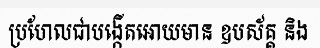
ប្រហែលជាបង្កើតអោយមាន ឧបស័គ្គ និង